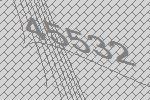
45532